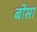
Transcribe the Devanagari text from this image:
बोसा